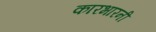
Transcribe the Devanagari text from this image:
कारभारनी